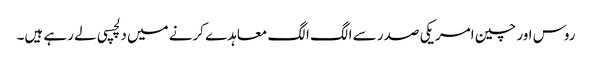
روس اور چین امریکی صدر سے الگ الگ معاہدے کرنے میں دلچسپی لے رہے ہیں۔